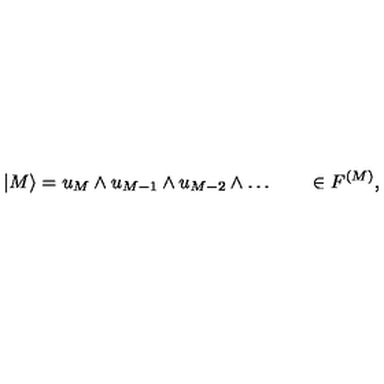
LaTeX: | M \rangle = u _ { M } \wedge u _ { M - 1 } \wedge u _ { M - 2 } \wedge \ldots \qquad \in F ^ { ( M ) } ,